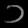
Digit: ၁